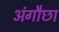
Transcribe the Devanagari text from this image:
अंगौछा